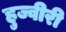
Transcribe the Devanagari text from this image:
हुज्वीरी